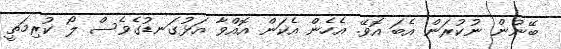
ބޭނުން ނުކުރަން އެބަ އޮވޭ. އެހެން އެކަން އޮއްވާ އަޅުގަނޑުގެވެސް ލޯ ކުރިމަތީ